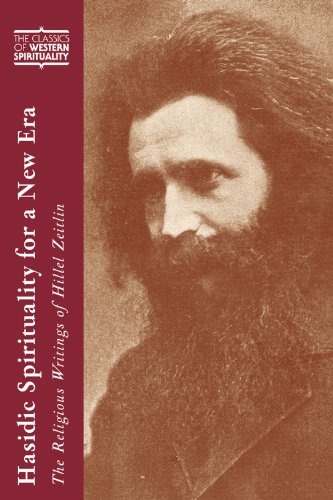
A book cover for Hasidic Spirituality for a New Era: The Religious Writings of Hillel Zeitlin (Classics of Western Spirituality); Selected; Religion & Spirituality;